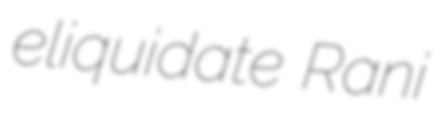
eliquidate Rani